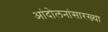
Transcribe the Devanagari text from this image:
आंदोलनांसारख्या